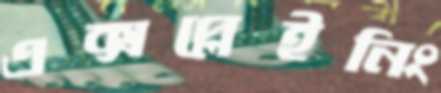
এক্সপ্লেইনিং